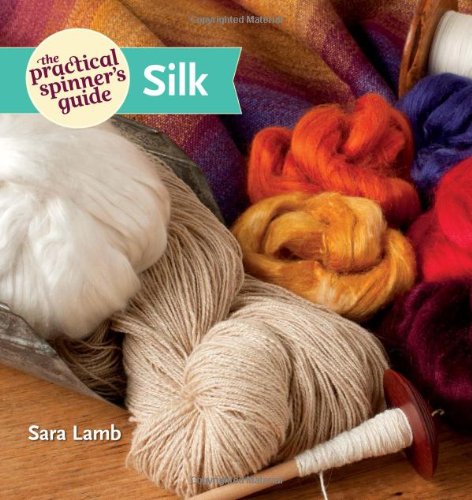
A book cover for The Practical Spinner's Guide - Silk; Sara Lamb; Crafts, Hobbies & Home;